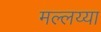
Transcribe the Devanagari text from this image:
मल्लय्या